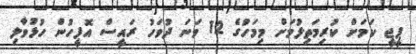
ޕީޖީ ކަމަށް ކުރިމަތިލުމަށް މިމަހުގެ 12 ވަނަ ދުވަހު ރައީސް އޮފީހުން ހުޅުވާލި